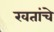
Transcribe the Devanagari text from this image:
खतांचे